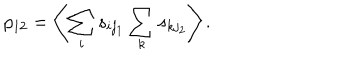
p _ { 1 2 } = \left< \sum _ { i } s _ { i j _ { 1 } } \sum _ { k } s _ { k j _ { 2 } } \right> .